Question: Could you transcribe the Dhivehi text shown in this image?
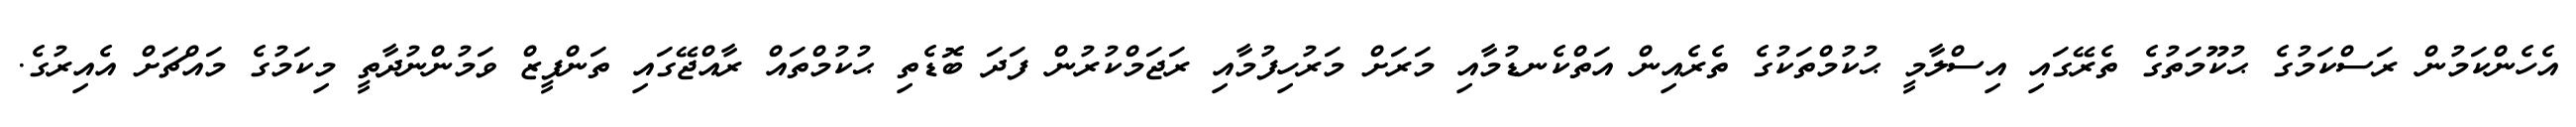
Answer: އެހެންކަމުން ރަސްކަމުގެ ޙުކޫމަތުގެ ތެރޭގައި އިސްލާމީ ޙުކުމްތަކުގެ ތެރެއިން އަތްކެނޑުމާއި މަރަށް މަރުހިފުމާއި ރަޖަމްކުރުން ފަދަ ބޮޑެތި ޙުކުމްތައް ރާއްޖޭގައި ތަންފީޒް ވަމުންނުދާތީ މިކަމުގެ މައްޗަށް އެއިރުގެ.